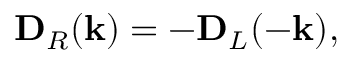
\mathbf { D } _ { R } ( \mathbf { k } ) = - \mathbf { D } _ { L } ( - \mathbf { k } ) ,